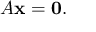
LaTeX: A \mathbf { x } = \mathbf { 0 } .